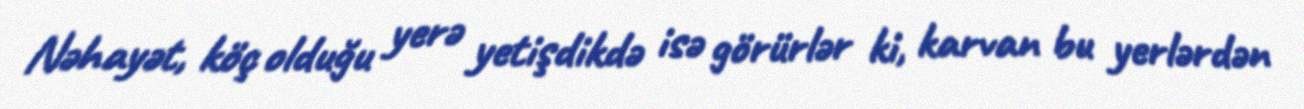
Nəhayət, köç olduğu yerə yetişdikdə isə görürlər ki, karvan bu yerlərdən